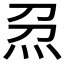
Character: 𱪰